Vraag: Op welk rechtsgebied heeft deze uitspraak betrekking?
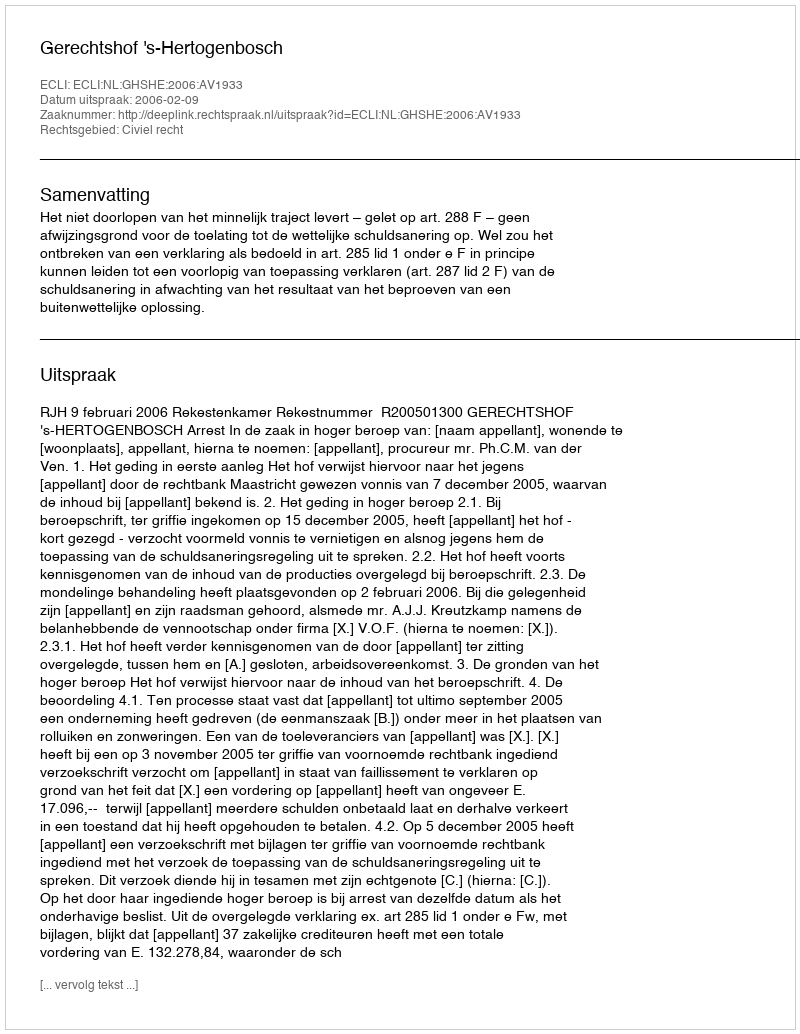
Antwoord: Civiel recht